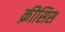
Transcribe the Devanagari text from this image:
क्रीसिस